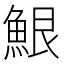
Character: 𮫷